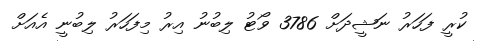
ކުރީ ފަހަރު ނަޝީދަށް 3786 ވޯޓު ލިބުނު އިރު މިފަހަރު ލިބުނީ އެއަށް